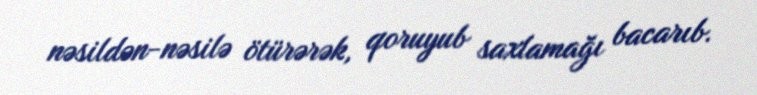
nəsildən-nəsilə ötürərək, qoruyub saxlamağı bacarıb.